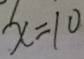
x = 1 0